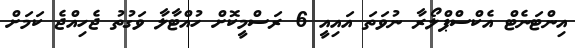
އިންޓަނެޓް އެކްސްޕްލޯރާ ނުވަތަ އައިއީ 6 ރަސްމީކޮށް ހުއްޓާލާ ވަގުތު ޖެހިއްޖެ ކަމަށް